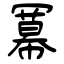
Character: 冪